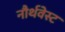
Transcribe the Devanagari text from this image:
नौर्थवेस्ट